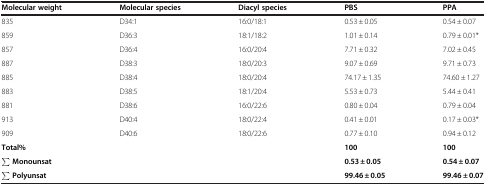
| Molecular weight | Molecular species | Diacyl species | PBS | PPA |
 | --- | --- | --- | --- | --- |
 | 835 | D34:1 | 16:0/18:1 | 0.53 ± 0.05 | 0.54 ± 0.07 |
 | 859 | D36:3 | 18:1/18:2 | 1.01 ± 0.14 | 0.79 ± 0.01* |
 | 857 | D36:4 | 16:0/20:4 | 7.71 ± 0.32 | 7.02 ± 0.45 |
 | 887 | D38:3 | 18:0/20:3 | 9.07 ± 0.69 | 9.71 ± 0.73 |
 | 885 | D38:4 | 18:0/20:4 | 74.17 ± 1.35 | 74.60 ± 1.27 |
 | 883 | D38:5 | 18:1/20:4 | 5.53 ± 0.73 | 5.44 ± 0.41 |
 | 881 | D38:6 | 16:0/22:6 | 0.80 ± 0.04 | 0.79 ± 0.04 |
 | 913 | D40:4 | 18:0/22:4 | 0.41 ± 0.01 | 0.17 ± 0.03* |
 | 909 | D40:6 | 18:0/22:6 | 0.77 ± 0.10 | 0.94 ± 0.12 |
 | Total% |  |  | 100 | 100 |
 | ∑ Monounsat |  |  | 0.53 ± 0.05 | 0.54 ± 0.07 |
 | ∑ Polyunsat |  |  | 99.46 ± 0.05 | 99.46 ± 0.07 |